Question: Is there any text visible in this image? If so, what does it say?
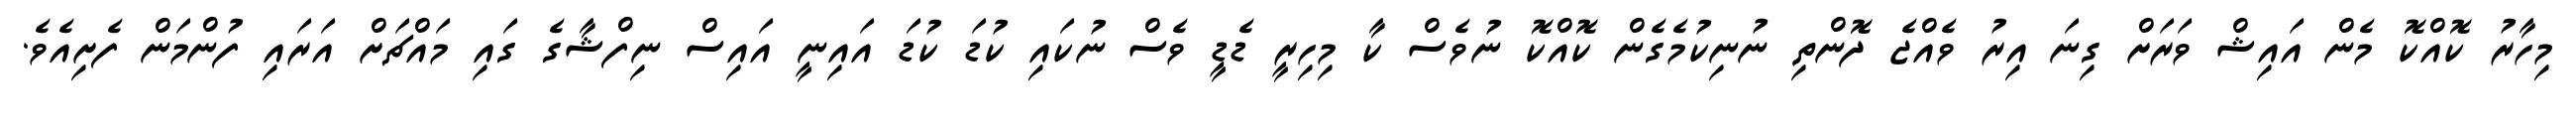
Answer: މިހާރު ކޮއްކޮ މެން އައިޝް ވަރަށް ގިނަ އިރު ވެއްޖެ ދޮންތި ނުނިކުމެގެން ކޮއްކޮ ނުވެސް ކާ މިހިރީ ޑެޑީ ވެސް ނުކައި ކުޑަ ކުޑަ އައިނީ އައިސް ނިފްޝާގެ ގައި މައްޗަށް އަރައި ފުންމަން ފެށިއެވެ.